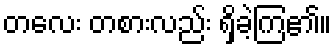
တလေး တစားလည်း ရှိခဲ့ကြ၏။